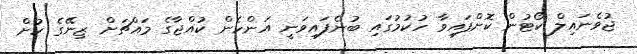
ޖުވެނައިލް ކޯޓުން ކޮށްފައިވާ ހުކުމުގައި ބުނެފައިވަނީ އަންހެން ކުއްޖާގެ މައްޗަށް ޒިނޭގެ ކުށް